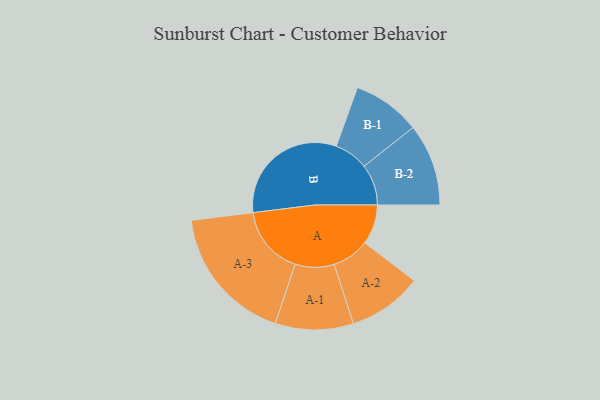
{"axis": {"x": "Segment", "y": "Value"}, "legend": ["", "A", "B"], "data": [{"x": "A", "y": 137, "type": ""}, {"x": "B", "y": 430, "type": ""}, {"x": "A-1", "y": 134, "type": "A"}, {"x": "A-2", "y": 128, "type": "A"}, {"x": "A-3", "y": 237, "type": "A"}, {"x": "B-1", "y": 117, "type": "B"}, {"x": "B-2", "y": 141, "type": "B"}]}